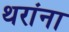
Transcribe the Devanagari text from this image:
थरांना